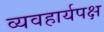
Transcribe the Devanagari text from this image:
व्यवहार्यपक्ष